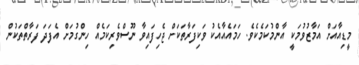
މީޑިއާއަށް އަމާޒުވުމަކީ އާންމުކަމެކެވެ. ހަމައެއާއެކު ވަކިފަރާތަކަށް ޖެހިފައިވާ ނޫސްވެރިކަމެއް ހިންގުމަށް އެފަދަ ފަރާތްތަކުން